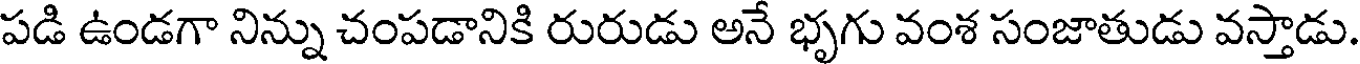
పడి ఉండగా నిన్ను చంపడానికి రురుడు అనే భృగు వంశ సంజాతుడు వస్తాడు.